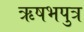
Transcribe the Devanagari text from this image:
ऋषभपुत्र